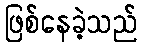
ဖြစ်နေခဲ့သည်